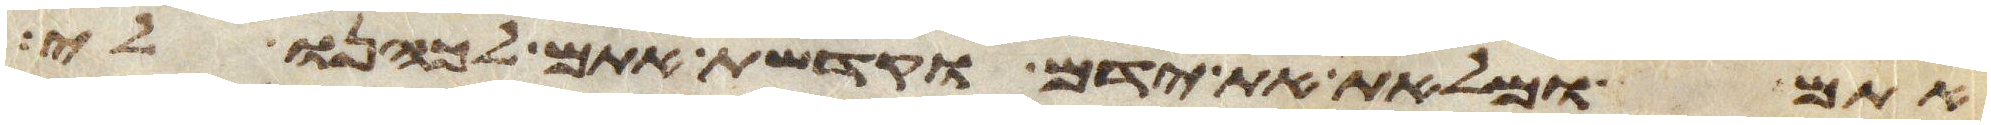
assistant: אתם ומלאת את ידם וקדשת אתם וכהנו לי